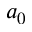
a _ { 0 }